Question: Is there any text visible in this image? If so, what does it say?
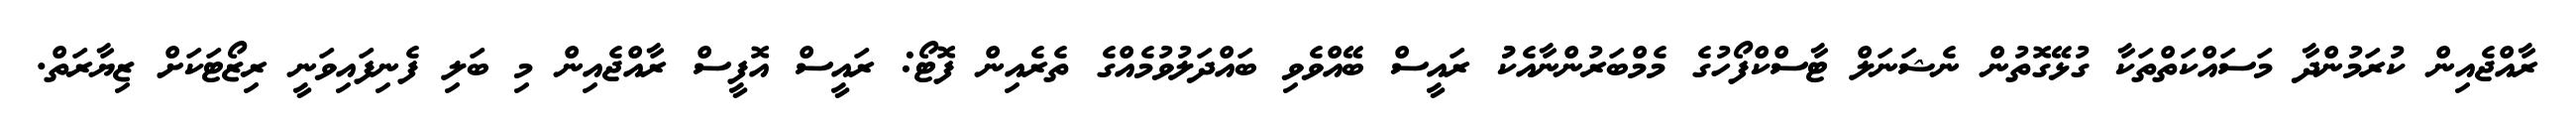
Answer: ރާއްޖެއިން ކުރަމުންދާ މަސައްކަތްތަކާ ގުޅޭގޮތުން ނެޝަނަލް ޓާސްކްފޯހުގެ މެމްބަރުންނާއެކުު ރައީސް ބޭއްވެވި ބައްދަލުވުމެއްގެ ތެރެއިން ފޮޓޯ: ރައީސް އޮފީސް ރާއްޖެއިން މި ބަލި ފެނިފައިވަނީ ރިޒޯޓަކަށް ޒިޔާރަތް.